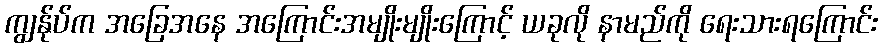
ကျွန်ုပ်က အခြေအနေ အကြောင်းအမျိုးမျိုးကြောင့် ယခုလို နာမည်ကို ရေးသားရကြောင်း